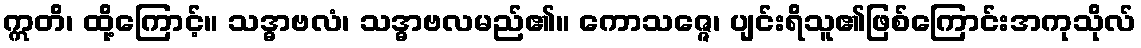
ဣတိ၊ ထို့ကြောင့်။ သဒ္ဓာဗလံ၊ သဒ္ဓာဗလမည်၏။ ကောသဇ္ဇေ၊ ပျင်းရိသူ၏ဖြစ်ကြောင်းအကုသိုလ်